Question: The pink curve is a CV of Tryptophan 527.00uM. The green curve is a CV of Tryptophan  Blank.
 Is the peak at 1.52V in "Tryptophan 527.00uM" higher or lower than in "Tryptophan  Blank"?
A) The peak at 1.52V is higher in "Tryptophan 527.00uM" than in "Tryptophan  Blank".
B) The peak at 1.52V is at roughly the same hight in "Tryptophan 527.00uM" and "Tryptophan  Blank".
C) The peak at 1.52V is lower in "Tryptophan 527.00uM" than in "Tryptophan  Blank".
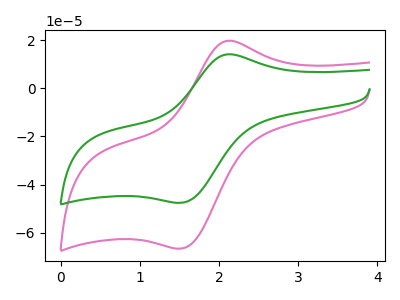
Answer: <think>The pink curve "Tryptophan 527.00uM" has an anodic peak at (2.15V, 19.70uA) and a cathodic peak at (1.50V, -66.50uA). The green curve "Tryptophan  Blank" has an anodic peak at (2.15V, 14.10uA) and a cathodic peak at (1.50V, -47.50uA).</think>
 <answer>A) The peak at 1.52V is higher in "Tryptophan 527.00uM" than in "Tryptophan  Blank".</answer>
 <eval>A</eval>